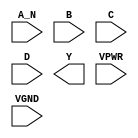
module sky130_fd_sc_hs__nand4b (
    //# {{data|Data Signals}}
    input  A_N ,
    input  B   ,
    input  C   ,
    input  D   ,
    output Y   ,

    //# {{power|Power}}
    input  VPWR,
    input  VGND
);
endmodule